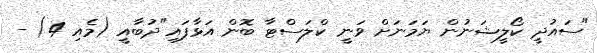
"ސައުދީ ކޯލީޝަނުން ޔަމަނަށް ވަނީ ކްލަސްޓާ ބޮން އަޅާފައި"ދުބާއީ (މެއި 4) -